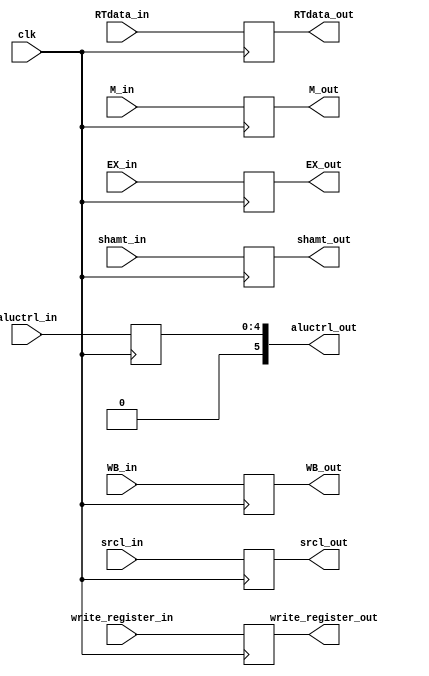
module ID_EX(
    input clk,
    input WB_in,
    input [1:0]M_in,
    input [2:0]EX_in,
    input [31:0] RTdata_in,
    input [31:0] srcl_in,
    input [4:0] shamt_in,
    input [4:0] aluctrl_in,
    input [4:0] write_register_in,

    output reg WB_out,
    output reg [1:0]M_out,
    output reg [2:0]EX_out,
    output reg [31:0] RTdata_out,
    output reg [31:0] srcl_out,
    output reg [4:0] shamt_out,
    output reg [5:0] aluctrl_out,
    output reg [4:0] write_register_out
);

initial begin
        WB_out = 0;
        M_out = 2'b0;
        EX_out = 3'b0;
        RTdata_out = 32'b0;
        srcl_out = 32'b0;
        shamt_out = 4'b0;
        aluctrl_out = 5'b0;
        write_register_out = 4'b0;
end

always @(posedge clk)begin
        WB_out = WB_in;
        M_out = M_in;
        EX_out = EX_in;
        RTdata_out = RTdata_in;
        srcl_out = srcl_in;
        shamt_out = shamt_in;
        aluctrl_out = aluctrl_in;
        write_register_out = write_register_in;
end

endmodule